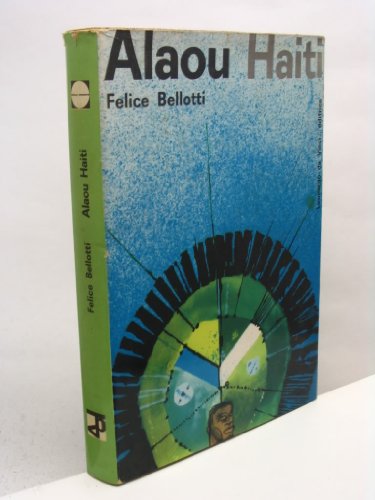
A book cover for Alaou Haiti; BELLOTTI Felici; Travel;